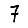
Digit: 7